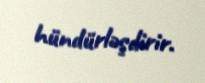
hündürləşdirir.